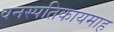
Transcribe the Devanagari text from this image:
वनस्पतिकायमाह